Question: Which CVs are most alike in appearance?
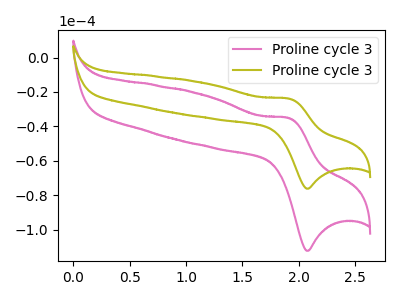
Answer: <think>The pink curve "Proline cycle 31" has an anodic peak at (1.90V, -35.20uA) and a cathodic peak at (2.10V, -112.30uA). The olive curve "Proline cycle 32" has an anodic peak at (1.90V, -23.90uA) and a cathodic peak at (2.10V, -76.20uA).
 All the peaks in "Proline cycle 31" have a peak in "Proline cycle 32" at the same potential.</think>
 <answer>"Proline cycle 32" and "Proline cycle 31" have the same shape and are likely CV's of the same chemical.</answer>
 <eval>"Proline cycle 32" "Proline cycle 31"</eval>